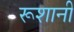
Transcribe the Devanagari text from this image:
रूशानी